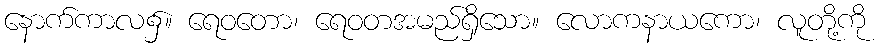
နောက်ကာလ၌။ ရေဝတော၊ ရေဝတအမည်ရှိသော။ လောကနာယကော၊ လူတို့ကို